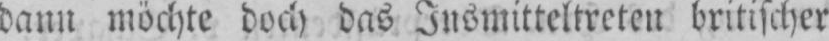
dann möchte doch das Insmitteltreten britischer